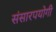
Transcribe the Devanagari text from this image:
संसारपयोगी